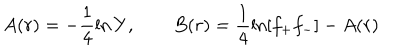
A ( r ) = - \frac { 1 } { 4 } \ln Y , \qquad B ( r ) = \frac { 1 } { 4 } \ln [ f _ { + } f _ { - } ] - A ( r )